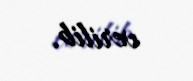
verilib.